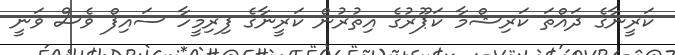
ކަރީނާގެ ދައްތަ ކަރިޝްމާ ކަޕޫރުގެ އިތުރުން ކަރީނާގެ ފިރިމީހާ ސައިފް ވެސް ވަނީ